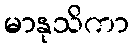
မာနုသိကာ